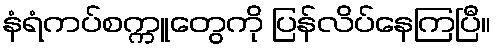
နံရံကပ်စက္ကူတွေကို ပြန်လိပ်နေကြပြီ။